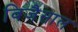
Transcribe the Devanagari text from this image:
विजैसाल